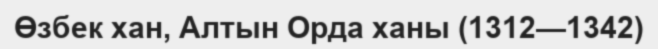
Өзбек хан, Алтын Орда ханы (1312—1342)